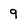
Character: 9